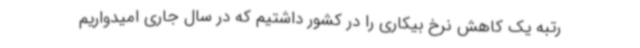
رتبه یک کاهش نرخ بیکاری را در کشور داشتیم که در سال جاری امیدواریم